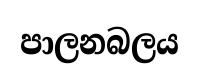
පාලනබලය